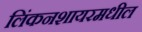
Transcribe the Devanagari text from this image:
लिंकनशायरमधील